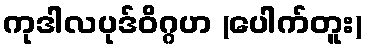
ကုဒါလပုဒ်ဝိဂ္ဂဟ (ပေါက်တူး)